NASA-UAP-D2, Apollo 17 Transcript, 1972
Agency: NASA
Incident date: 1972
Incident location: Moon
Page 14
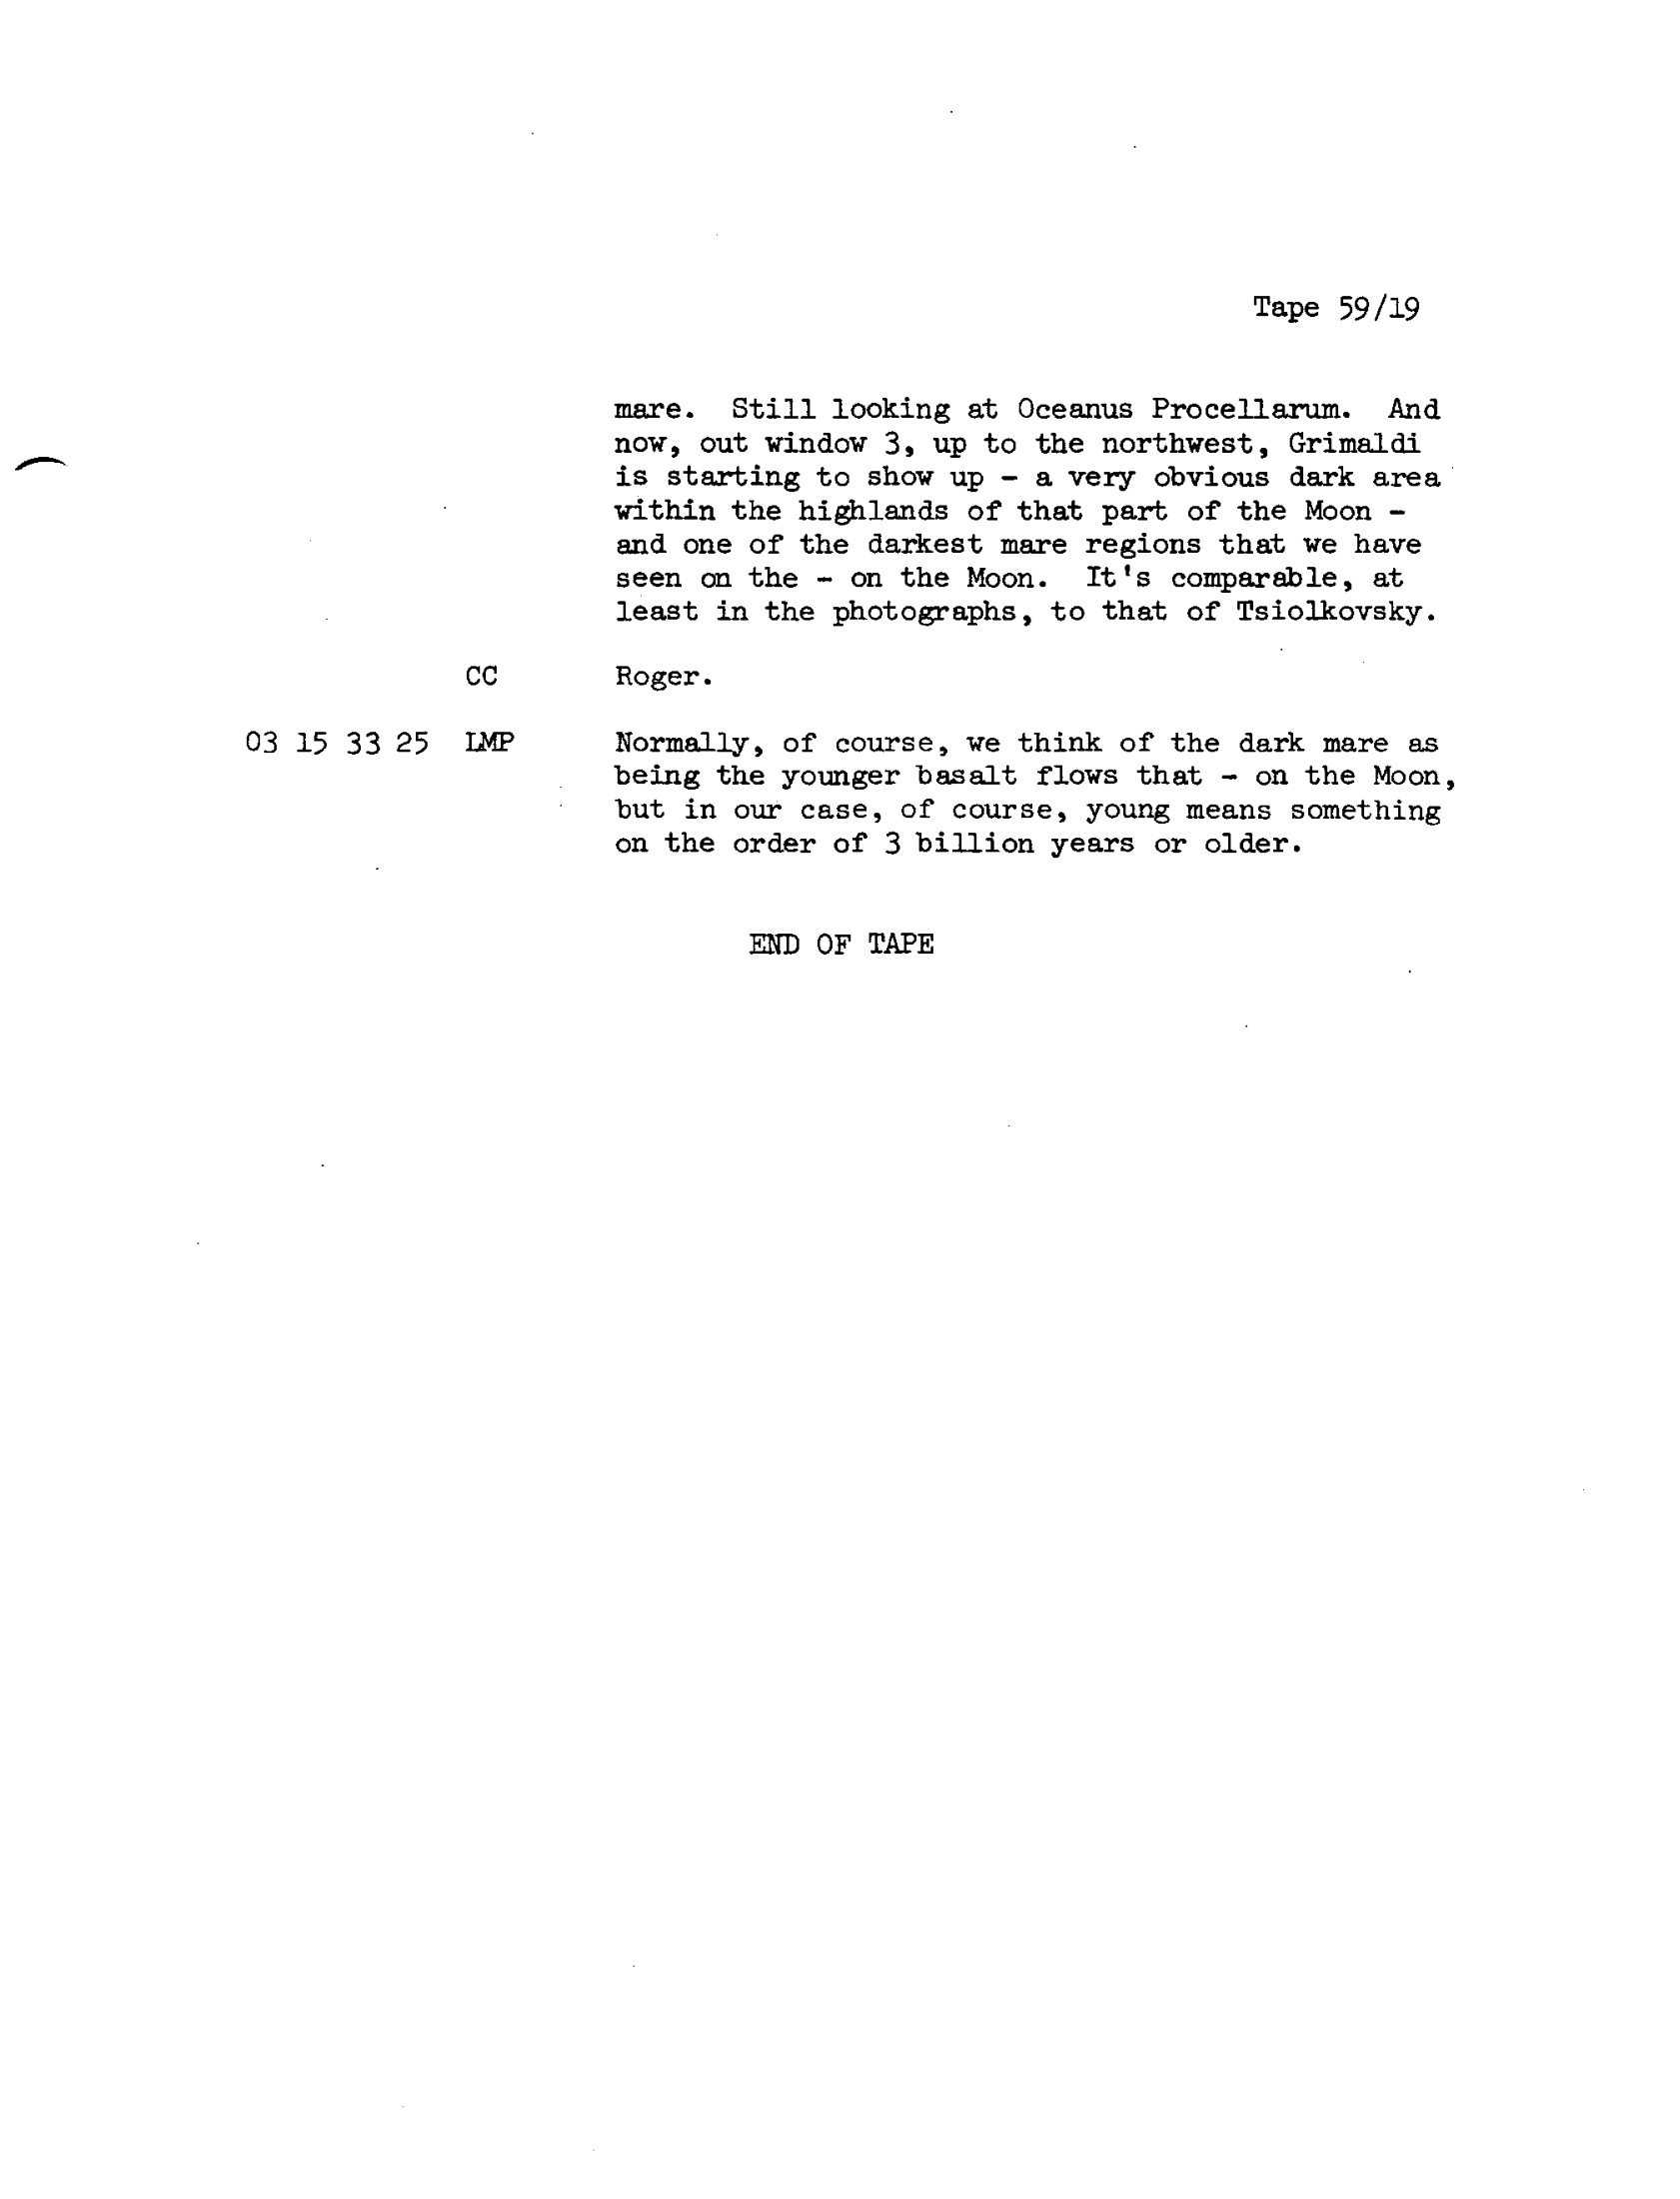